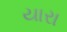
યારા